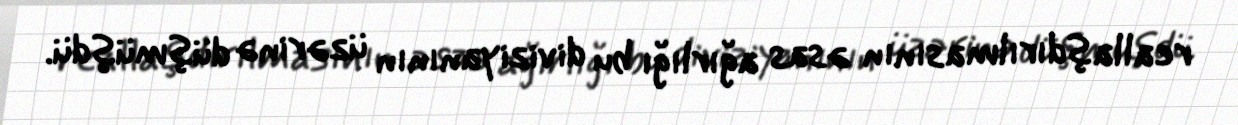
reallaşdırılmasının əsas ağırlığı bu diviziyanının üzərinə düşmüşdü.